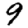
Digit: 9